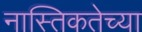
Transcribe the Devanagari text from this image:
नास्तिकतेच्या